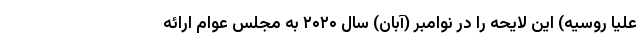
علیا روسیه) این لایحه را در نوامبر (آبان) سال ۲۰۲۰ به مجلس عوام ارائه